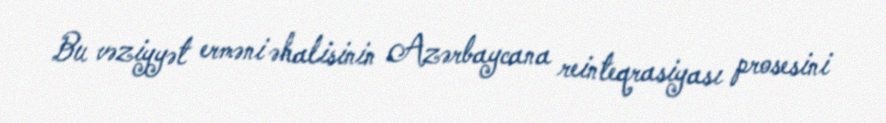
Bu vəziyyət erməni əhalisinin Azərbaycana reinteqrasiyası prosesini